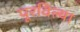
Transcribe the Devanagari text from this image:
पूरविल्या